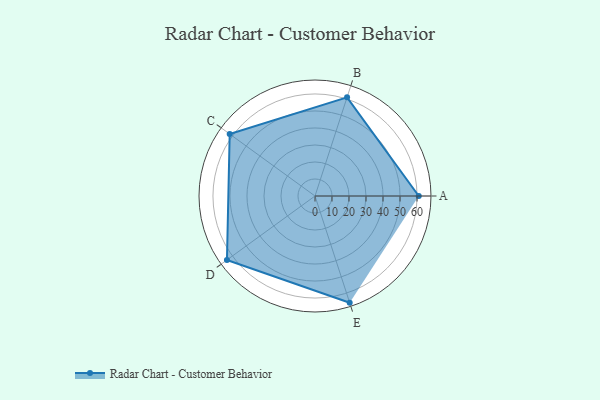
{"axis": {"x": "Skill", "y": "Score"}, "legend": ["Profile"], "data": [{"x": "A", "y": 61.0, "type": "Profile"}, {"x": "B", "y": 61.0, "type": "Profile"}, {"x": "C", "y": 62.0, "type": "Profile"}, {"x": "D", "y": 64.0, "type": "Profile"}, {"x": "E", "y": 66.0, "type": "Profile"}]}